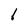
Character: 1